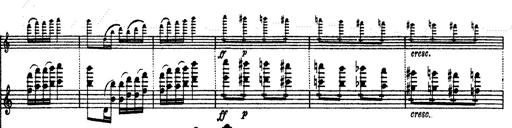
Title: Hungarian Rhapsody No.13
Composer: Franz Liszt
Key: A minor